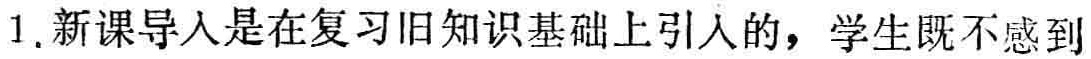
1. 新课导入是在复习旧知识基础上引入的，学生既不感到